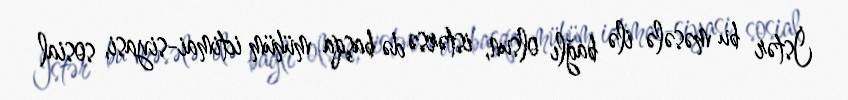
İstər bu məsələ ilə bağlı olsun, istərsə də başqa mühüm ictimai-siyasi, sosial